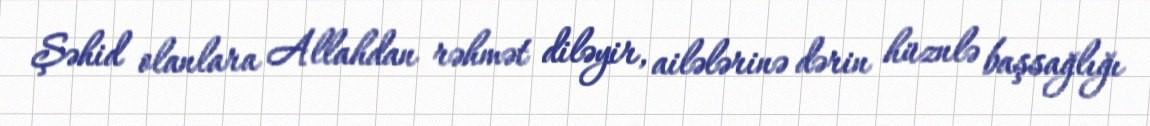
Şəhid olanlara Allahdan rəhmət diləyir, ailələrinə dərin hüznlə başsağlığı